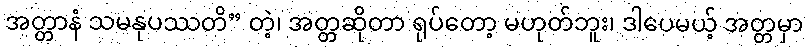
အတ္တာနံ သမနုပဿတိ” တဲ့၊ အတ္တဆိုတာ ရုပ်တော့ မဟုတ်ဘူး၊ ဒါပေမယ့် အတ္တမှာ